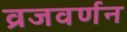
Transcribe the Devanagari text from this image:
व्रजवर्णन